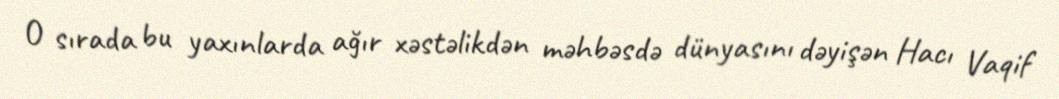
O sırada bu yaxınlarda ağır xəstəlikdən məhbəsdə dünyasını dəyişən Hacı Vaqif